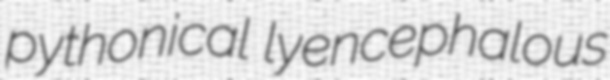
pythonical lyencephalous